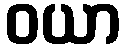
ဝယာ